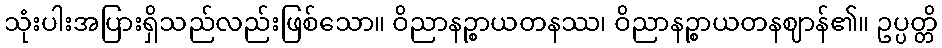
သုံးပါးအပြားရှိသည်လည်းဖြစ်သော။ ဝိညာနဉ္စာယတနဿ၊ ဝိညာနဉ္စာယတနဈာန်၏။ ဥပ္ပတ္တိ